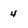
Character: 4